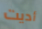
أديت